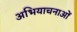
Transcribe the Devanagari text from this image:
अभियाचनाओं